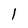
Character: 1